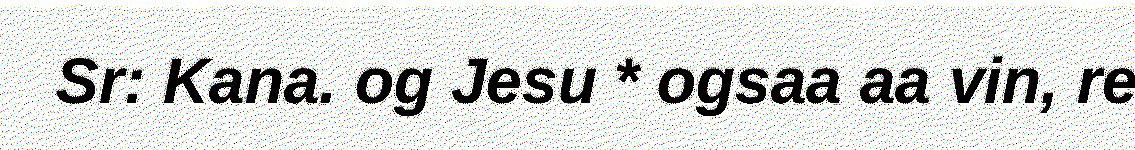
Sr: Kana. og Jesu * ogsaa aa vin, re